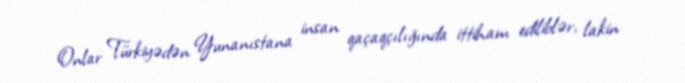
Onlar Türkiyədən Yunanıstana insan qaçaqçılığında ittiham ediliblər, lakin